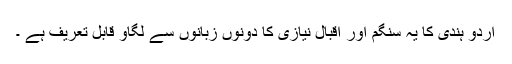
اردو ہندی کا یہ سنگم اور اقبال نیازی کا دونوں زبانوں سے لگاؤ قابل تعریف ہے ۔